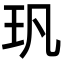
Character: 㺬